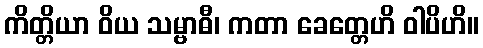
ကိတ္တိယာ ဝိယ သမ္ဗာဓီ၊ ကတာ ခေတ္တေဟိ ဝါပိဟိ။